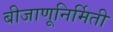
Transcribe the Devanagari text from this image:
बीजाणूनिर्मिती